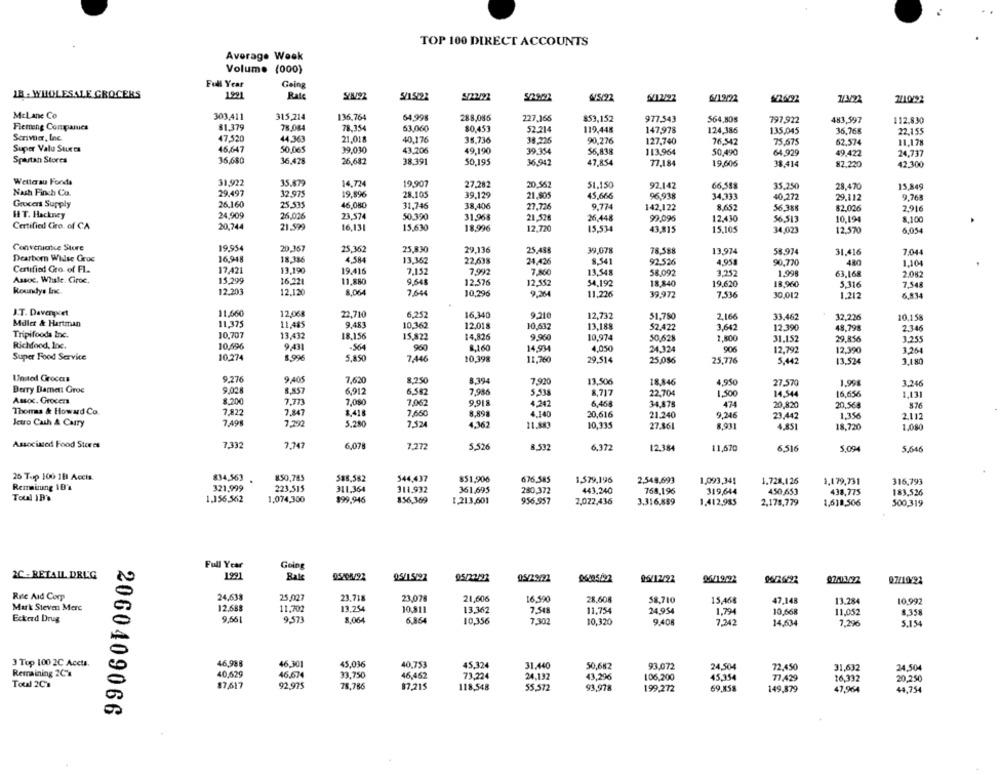
TOP 100 DIRECT ACCOUNTS
Average Week
Volume (000)
Full Year
Going
18 - WHOLESALE GROCERS
1991
Rate
5/15822
4/5/22
6/12/97
1/3/22
2/10/92
McLane Co
303,411
315,214
136,764
64,998
288,085
227.165
853,152
977.543
564.805
797,922
483,597
112.830
Fleming Companies
$1,379
78,084
78,354
63,060
80,453
52.214
119,448
147,978
124,386
135,045
36,768
22,155
Server, Inc.
47,520
44.36
21.018
40,176
35.736
38,226
90,276
127.740
26.542
Super Valu Stures
50,065
75.675
62.574
11,178
46.647
39.030
43.706
49,190
39.354
56,838
113.964
50.490
64,929
49,422
24,737
Spautan Stores
36,680
36.428
26,682
38,391
50.195
36,942
47,854
77,184
19,606
38,414
82.220
42.300
Weller au Fonds
31,922
35.872
14.724
19.907
27,282
20.562
51.150
92.142
66,588
35,250
28.470
15,849
Nash Finch Co.
29.497
32.975
19.896
28.105
39.129
21.805
45,666
96,938
34,333
40,272
29.112
9.763
Grocers Supply
26.160
25,535
46,080
31,746
38,406
27.726
9.774
142,122
8.652
56.388
$2,026
2,916
H T. Hackney
24,909
26,026
23.574
50.390
31.968
21.526
26,448
99,095
12,430
56.513
10,194
Certified Ciro. of CA
20,744
21.599
$,100
16,131
15,630
18,996
12.720
15.534
43.815
15,105
34,023
12,570
6,054
Conveniatce Store
19.954
20,367
25,362
25,830
29,136
25.488
39,078
78.588
13.974
58.974
31.416
7,044
Dearborn Widse Groc
16,948
18.386
4.584
13,362
22,638
24,426
8.541
92.526
4,953
90,770
480
1,104
Certified Gro. of FL.
17,421
13,190
19.416
7.152
7,992
7.860
13.548
58.092
3,252
Assoc. Whale. Giroc.
15,299
16,221
9,548
1,998
63,168
2.082
11.880
12,576
12.552
54,192
18,840
19,620
18.960
5,316
7,548
Koundys Inc.
12.203
12.120
8,064
7,644
10,296
9,264
11,226
39,972
7,536
30,012
1.212
6,834
J.T. Davenport
11.660
12,068
22,710
6.252
16,340
9.210
12,732
51,780
2,166
33,462
32.23M
10,158
Miller & Hartman
11.375
11,485
9.483
10,362
12,018
10.632
13,188
3.642
Tripifoods Inc.
10,707
13,432
52.422
12,390
48,798
2,346
18.156
15,822
14,826
9,960
10,974
50,628
1,800
31.152
29,856
3.255
Richood, Inc.
10,696
9,431
-564
960
8.160
14.934
4,050
24.324
906
12,792
12,390
3.264
Super Food Service
10.274
5,850
7,446
10.398
11,760
29,514
25,086
25,776
5,442
13.524
3,180
Unod Crocas
9.276
9,405
7,620
8,250
8,394
7,920
13,506
18.846
4,950
27.570
1,998
3.246
Berry Damen: Groc
9,028
8,857
6.912
6,562
7,986
5.538
8,712
22.704
1,500
14,544
16,656
1,131
Assoc. Grocen
8.200
7.71
7.080
7,062
9.918
4.247
6,465
34,875
474
20,820
20.568
876
Thomas & Howard Co.
7.822
7.847
3.418
7.650
8.898
4.140
20,616
21.240
9,246
23.442
1,356
2.112
Jetro Cash & Carry
7.498
7,292
5.280
7,524
4,362
11.883
10,335
27.861
8,93
4,851
18.720
1.080
Associated Food Stores
7.332
7,747
6,078
7,272
5,526
8.532
6,372
12.384
11,670
6.516
5,094
5,646
26 Top 100 1B Accis.
834,563 .
850,785
588.582
544,437
$51,900
676,585
1,579,196
2,548,693
1,093,341
1.728,126
1,179,731
316,793
Remaining ID's
321,999
223,515
311,364
311,932
361,695
280,372
Total IP's
443,240
768.196
319,644
450,653
438,775
183.526
1.156,562
1,074,300
$99,946
856,369
1.213,601
956,957
2,072,436
3.316,859
1.412,985
2,178,779
1,618,506
500,319
Full Year
Going
2C - RETAIL DRUG
1991
Bale
05/15197
05/29/22
96/12/22
26/19/92
Q7/10/92
Rec Aid Comp
24,638
25,027
23.738
23,078
21,606
16.590
28.608
58,710
15,468
47,148
13.284
10,992
Mark Steven Mere
12.688
11.702
13,254
10.811
13.362
7.548
11,754
24,954
1,794
10,668
11,052
8,358
Eckerd Drug
9.66|
9.571
8.064
6,864
10,356
7,302
10,320
9.408
7,242
14.634
7,296
5.154
3 Top 100 2C Accts.
46,988
46,301
45,036
40,753
45,324
31.440
50,682
93,072
24,504
72.450
31,632
24,504
Remaining 2C's
40,629
46.674
33,750
46,452
73,224
24,132
Total 2Cm
43,296
106,200
45,354
77.429
16.332
20,250
87,617
92,975
78.786
87,215
118,548
55,572
93,978
199,272
69,858
149,879
47,964
44,754
2060409066